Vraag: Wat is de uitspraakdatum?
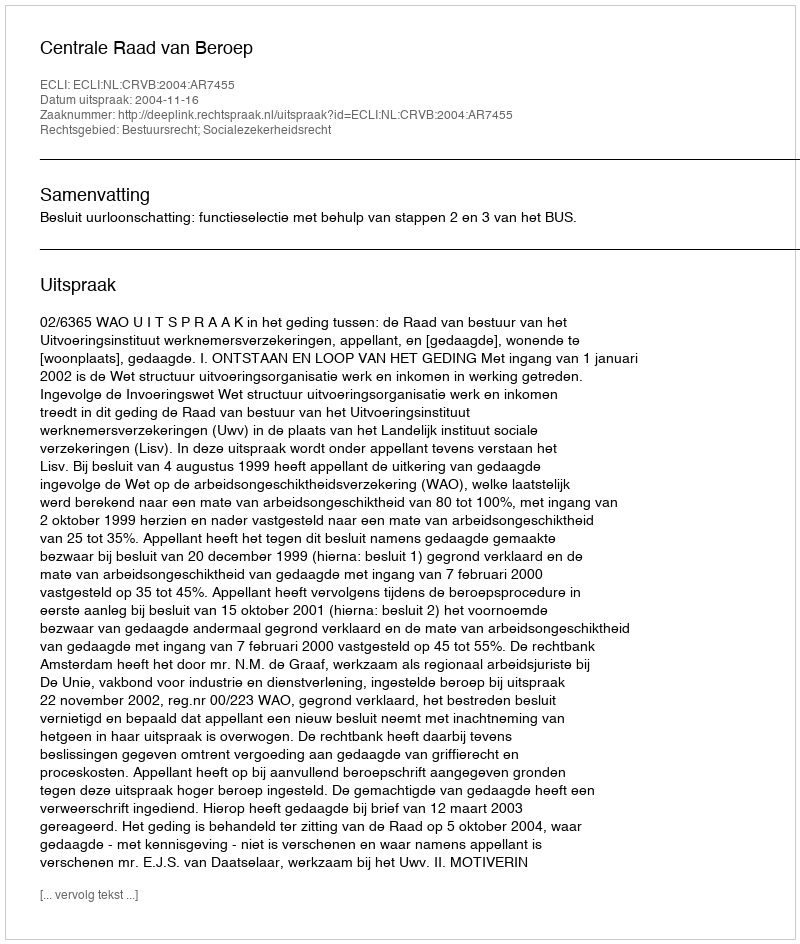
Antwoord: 2004-11-16